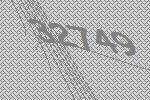
32749